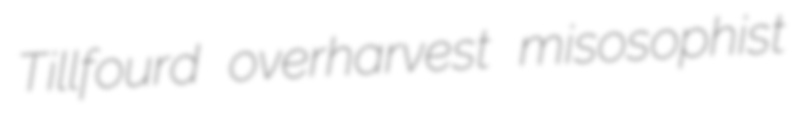
Tillfourd overharvest misosophist